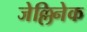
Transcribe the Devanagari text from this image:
जेल्लिनेक